Notes on vaccination in the North-West Frontier Province 1923-1928 - 1923-1928
Year: 1923
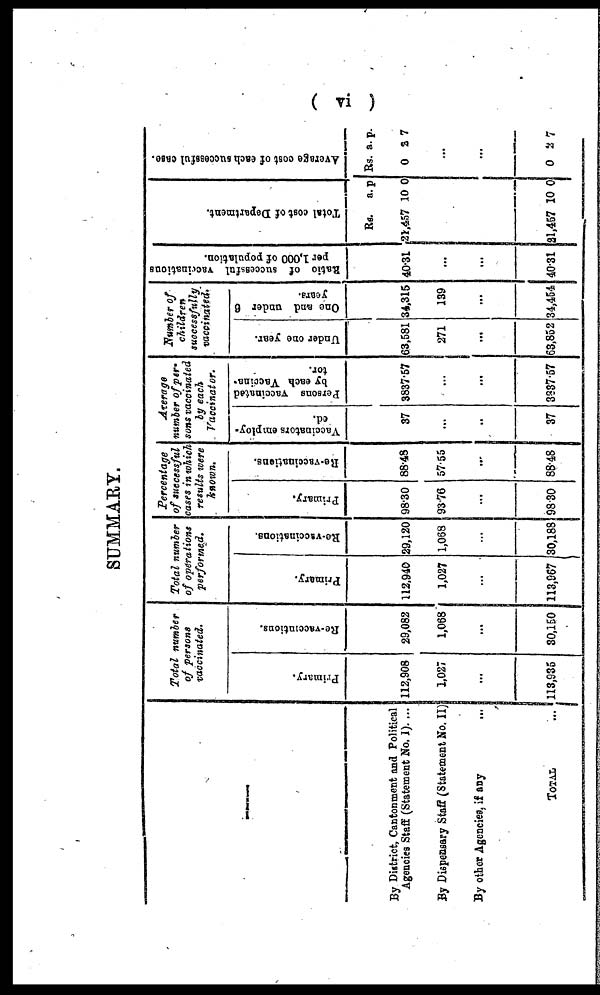
( vi )
SUMMARY.
—
By District, Cantonment and Political
Agencies Staff (Statement No. I)....
By Dispensary Staff (Statement No. II)
By other Agencies, if any
...
TOTAL
...
Total number
of persons
vaccinated.
Primary.
112,908
1,027
...
113,935
Re-vaccintions.
29,082
1,068
...
30,160
Total number
of operations
performed.
Primary.
112,940
1,027
...
113,967
Re-vaccinations.
29,120
1,068
...
30,188
Percentage
of successful
cases in which
results were
known.
Primary.
98.30
93.76
...
98.30
Re-vaccinations.
88.48
57.55
...
88.48
Average
number of per¬
sons vaccinated
by each
Vaccinator.
Vaccinators employ-
ed.
37
...
...
37
Persons vaccinated
by each Vaccina¬
tor.
3837.57
...
...
3837.57
Number of
children
successfully
vaccinated.
Under one year.
63,581
271
...
63,852
One and under 6
years.
34,315
139
...
34,454
Ratio of successful vaccinations
per 1,000 of population.
40.31
...
...
40.31
Total cost of Department.
Rs.
21,457
a.
10
p
0
21,457 10 0
Average cost of each successful case.
Rs.
0
a.
2
p.
7
...
...
0 2 7